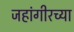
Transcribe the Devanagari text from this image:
जहांगीरच्या